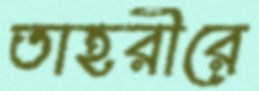
তাহরীরে